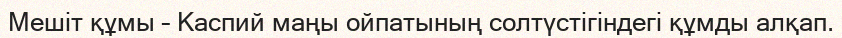
Мешіт құмы – Каспий маңы ойпатының солтүстігіндегі құмды алқап.